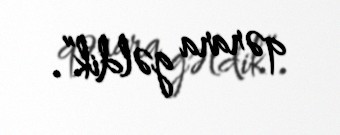
qərara gəldik”.